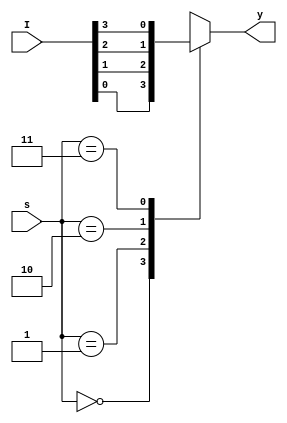
module muxbehavioural(I,s,y);
input [3:0]I;
input [1:0]s;
output reg y;
always@(*)
begin
case(s)
2'b00:  y=I[0];
2'b01:  y=I[1];
2'b10:  y=I[2];
2'b11:  y=I[3];
default:  y=1'bz;
endcase
end
endmodule